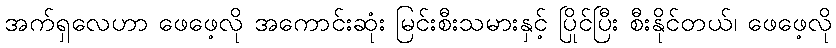
အက်ရှလေဟာ ဖေဖေ့လို အကောင်းဆုံး မြင်းစီးသမားနှင့် ပြိုင်ပြီး စီးနိုင်တယ်၊ ဖေဖေ့လို